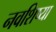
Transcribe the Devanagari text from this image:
नवशिष्या